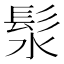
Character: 𪶰